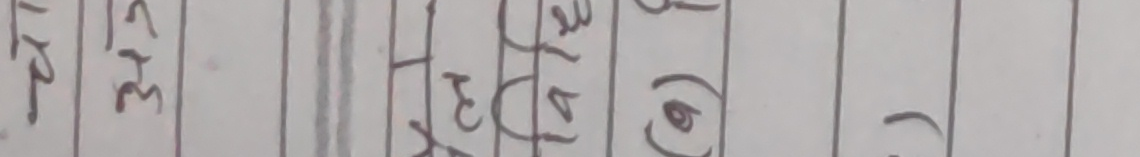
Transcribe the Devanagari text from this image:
१२। ३५
४५ (७) (२)